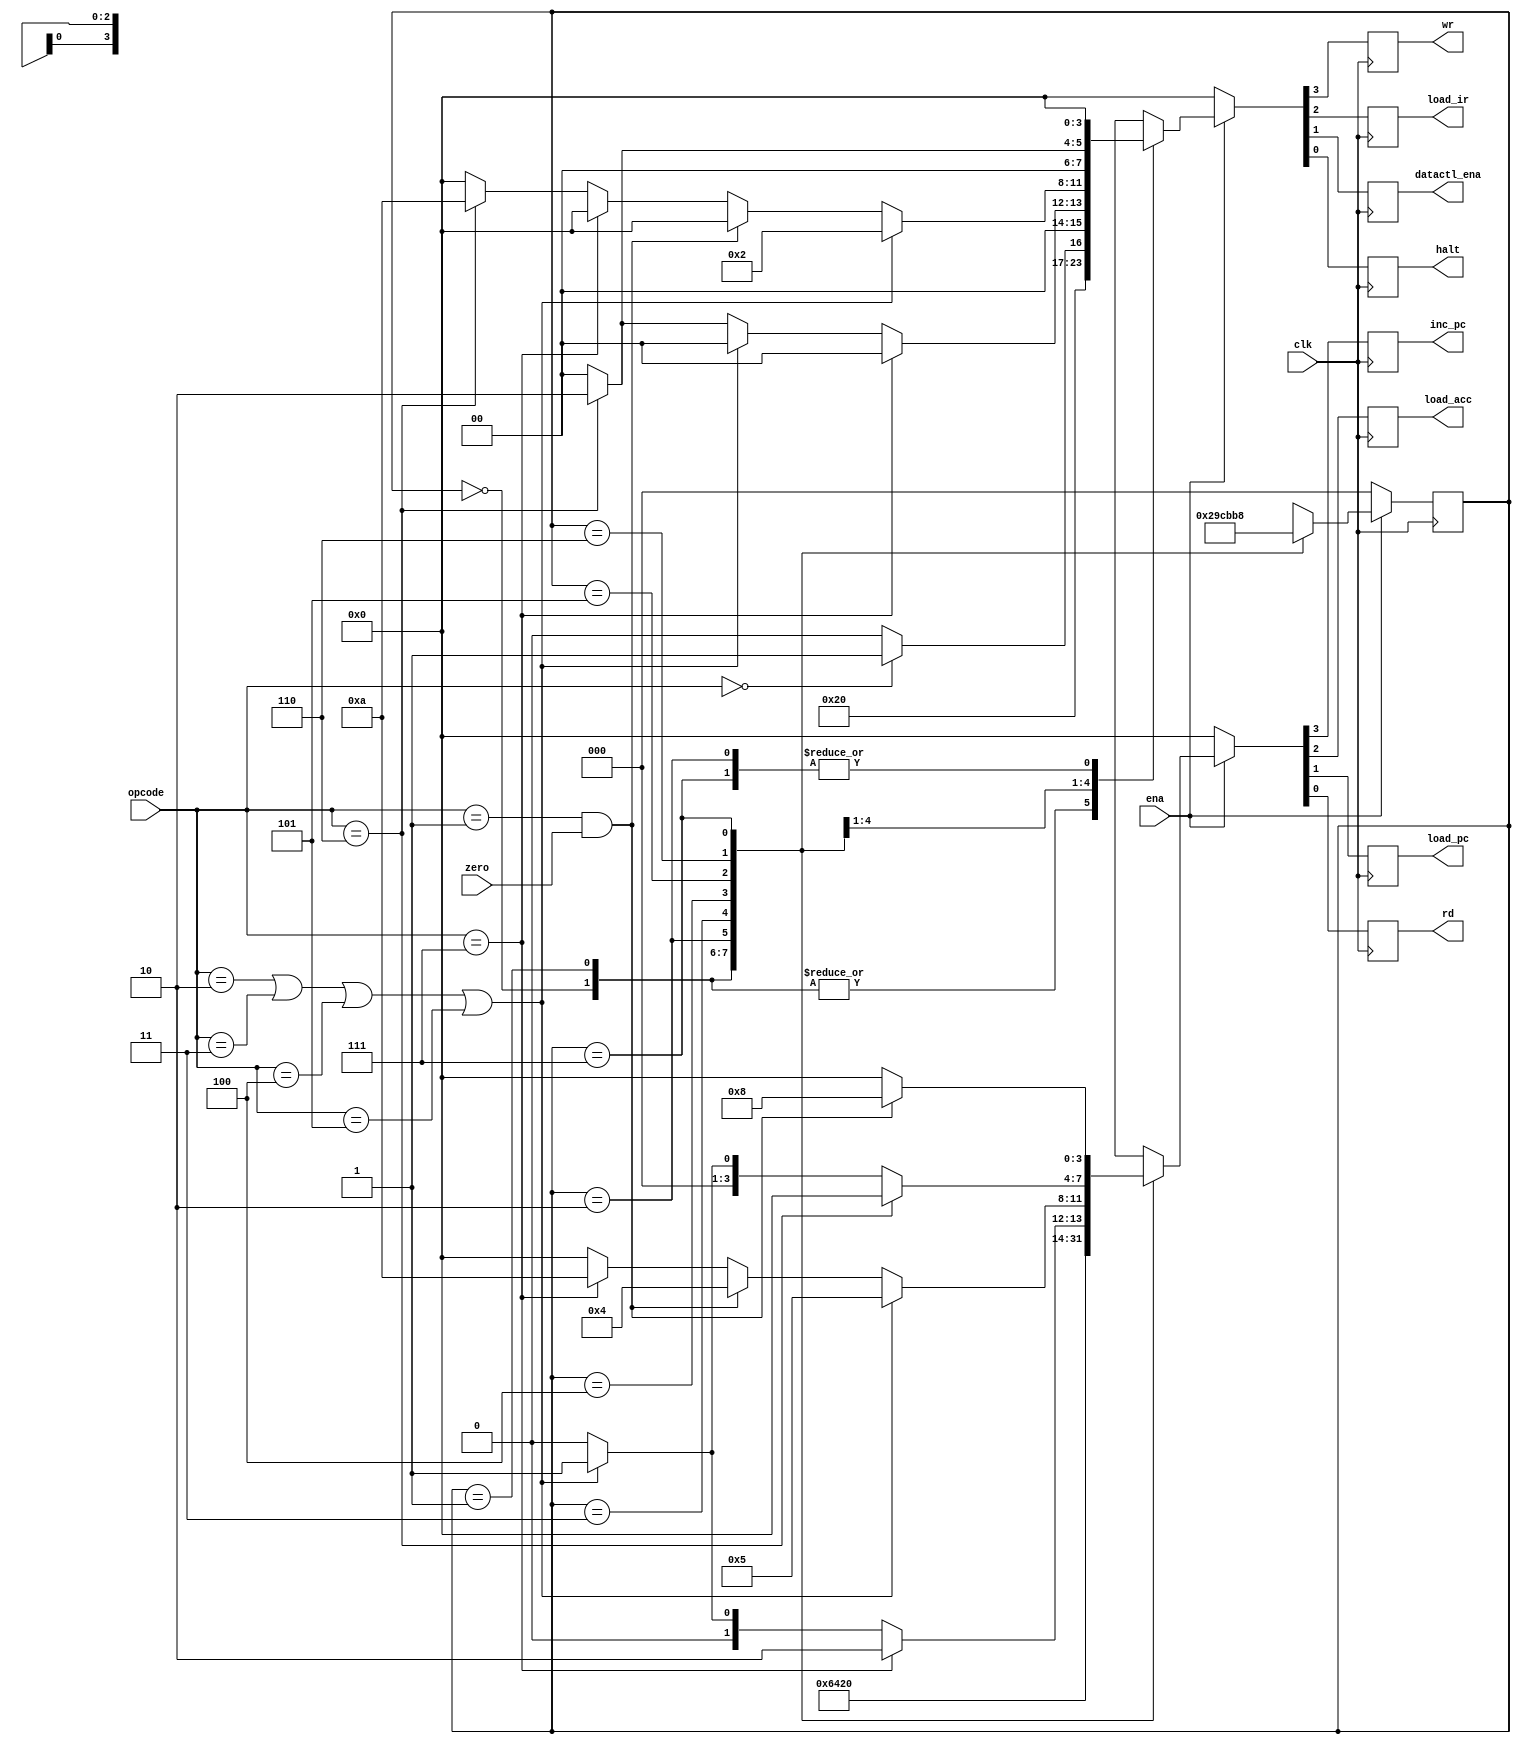
`timescale 1ns / 1ps
//////////////////////////////////////////////////////////////////////////////////
// Company: 
// Engineer: 
// 
// Design Name: 
// Module Name: machine
// Project Name: 
// Target Devices: 
// Tool Versions: 
// Description: 
// 
// Dependencies: 
// 
// Revision:
// Revision 0.01 - File Created
// Additional Comments:
// 
//////////////////////////////////////////////////////////////////////////////////


module machine(
    inc_pc,
    load_acc,
    load_pc,
    rd,
    wr,
    load_ir,
    datactl_ena,
    halt,
    clk,
    zero,
    ena,
    opcode
    );
    output  inc_pc, load_acc, load_pc, rd, wr, load_ir, datactl_ena, halt;
    input   clk, zero, ena;
    input   [2:0]   opcode;
    reg inc_pc, load_acc, load_pc, rd, wr, load_ir, datactl_ena, halt;
    reg [2:0]   state;
    
    parameter   HLT = 3'b000,
                SKZ = 3'b001,
                ADD = 3'b010,
                ANDD = 3'b011,
                XORR = 3'b100,
                LDA = 3'b101,
                STO = 3'b110,
                JMP = 3'b111;
    
    always@(negedge clk)
        begin
            if(!ena)
            begin
                state <= 3'b000;
                {inc_pc, load_acc, load_pc, rd} <= 4'b0000;
                {wr, load_ir, datactl_ena, halt} <= 4'b0000;
             end
             else
                ctl_cycle;
        end
//---------begin of task ctl_cycle--------
        task ctl_cycle;
        begin
            casex(state)
            3'b000:
                begin
                    {inc_pc, load_acc, load_pc, rd} <= 4'b0001;
                    {wr, load_ir, datactl_ena, halt} <= 4'b0100;
                    
                    state <= 3'b001;
                end
            3'b001:
                begin
                    {inc_pc, load_acc, load_pc, rd} <= 4'b1001;
                    {wr, load_ir, datactl_ena, halt} <= 4'b0100;
                    
                    state <= 3'b010;
                end
            3'b010: //idle
                begin
                    {inc_pc, load_acc, load_pc, rd} <= 4'b0000;
                    {wr, load_ir, datactl_ena, halt} <= 4'b0000;
                
                    state <= 3'b011;
                end
            3'b011: //next instruction address setup
                begin
                    if(opcode==HLT)
                    begin
                        {inc_pc, load_acc, load_pc, rd} <= 4'b1000;
                        {wr, load_ir, datactl_ena, halt} <= 4'b0001;
                    end
                    else
                    begin
                        {inc_pc, load_acc, load_pc, rd} <= 4'b1000;
                        {wr, load_ir, datactl_ena, halt} <= 4'b0000;
                    end
                    
                    state <= 3'b100;
                end
            3'b100: //fetch oprand
                begin
                    if(opcode==JMP)
                    begin
                        {inc_pc, load_acc, load_pc, rd} <= 4'b0010;
                        {wr, load_ir, datactl_ena, halt} <= 4'b0000;
                    end
                    else
                        if(opcode == ADD || opcode ==ANDD || opcode == XORR || opcode ==LDA)
                        begin
                            {inc_pc, load_acc, load_pc, rd} <= 4'b0001;
                            {wr, load_ir, datactl_ena, halt} <= 4'b0000;
                        end
                    else
                        if(opcode==STO)
                        begin
                            {inc_pc, load_acc, load_pc, rd} <= 4'b0000;
                            {wr, load_ir, datactl_ena, halt} <= 4'b0010;
                        end
                    else
                    begin
                        {inc_pc, load_acc, load_pc, rd} <= 4'b0000;
                        {wr, load_ir, datactl_ena, halt} <= 4'b0000;
                    end
                                            
                    state <= 3'b101;
                end
                
            3'b101: //operation
                begin
                    if(opcode == ADD || opcode ==ANDD || opcode == XORR || opcode ==LDA)
                    begin
                        {inc_pc, load_acc, load_pc, rd} <= 4'b0101;
                        {wr, load_ir, datactl_ena, halt} <= 4'b0010;
                    end
                    else
                        if(opcode==SKZ && zero==1)
                        begin
                            {inc_pc, load_acc, load_pc, rd} <= 4'b0100;
                            {wr, load_ir, datactl_ena, halt} <= 4'b0000;
                        end
                    else
                        if(opcode==JMP)
                        begin
                            {inc_pc, load_acc, load_pc, rd} <= 4'b1010;
                            {wr, load_ir, datactl_ena, halt} <= 4'b0000;
                        end                    
                        else
                            if(opcode==STO)
                            begin
                                {inc_pc, load_acc, load_pc, rd} <= 4'b0000;
                                {wr, load_ir, datactl_ena, halt} <= 4'b1010;
                            end
                            else
                            begin
                                {inc_pc, load_acc, load_pc, rd} <= 4'b0000;
                                {wr, load_ir, datactl_ena, halt} <= 4'b0000;
                            end
                            
                    state <= 3'b110;
                end
            3'b110: //idle
                begin
                    if(opcode==STO)
                    begin
                        {inc_pc, load_acc, load_pc, rd} <= 4'b0000;
                        {wr, load_ir, datactl_ena, halt} <= 4'b0010;
                    end
                    else
                        if(opcode == ADD || opcode ==ANDD || opcode == XORR || opcode ==LDA)
                        begin
                            {inc_pc, load_acc, load_pc, rd} <= 4'b0001;
                            {wr, load_ir, datactl_ena, halt} <= 4'b0000;
                        end
                    else
                        begin
                            {inc_pc, load_acc, load_pc, rd} <= 4'b0000;
                            {wr, load_ir, datactl_ena, halt} <= 4'b0000;
                        end
                        
                    state <= 3'b111;
                end
            3'b111:
                begin
                    if(opcode == SKZ && zero == 1)
                    begin
                        {inc_pc, load_acc, load_pc, rd} <= 4'b1000;
                        {wr, load_ir, datactl_ena, halt} <= 4'b0000;
                    end
                    else
                        begin
                            {inc_pc, load_acc, load_pc, rd} <= 4'b0000;
                            {wr, load_ir, datactl_ena, halt} <= 4'b0000;
                        end
                    
                    state <= 3'b000;
                end
                
            default:
                begin
                    {inc_pc, load_acc, load_pc, rd} <= 4'b0000;
                    {wr, load_ir, datactl_ena, halt} <= 4'b0000;
                    
                    state <=3'b000;
                end
            endcase
        end
        endtask
//-----------end of task ctl_cycle-----------
   
endmodule